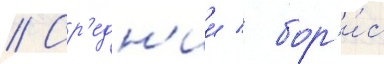
// Ср'едн'ии / бор'и́с